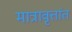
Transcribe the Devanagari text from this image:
मात्रावृत्तांत